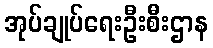
အုပ်ချုပ်ရေးဦးစီးဌာန